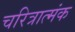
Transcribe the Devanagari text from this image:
चरित्रात्मंक